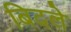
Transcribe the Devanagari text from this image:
बिदले